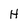
Character: H